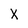
Character: X